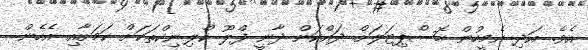
އެވެ. އަދި އެމީހުން ހޮސްޕިޓަލަށް ދައްކަން ދާނީ ފްލޫ ކްލިނިކްތަކަށް ކަމަށާއި އެހެން